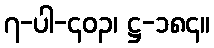
၇-ပါ-၄၀၃၊ ဋ္ဌ-၁၈၄။